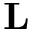
\mathbf { L }